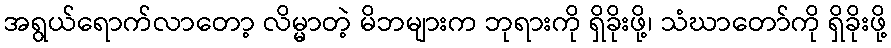
အရွယ်ရောက်လာတော့ လိမ္မာတဲ့ မိဘများက ဘုရားကို ရှိခိုးဖို့၊ သံဃာတော်ကို ရှိခိုးဖို့